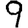
Digit: 9